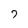
Character: 7